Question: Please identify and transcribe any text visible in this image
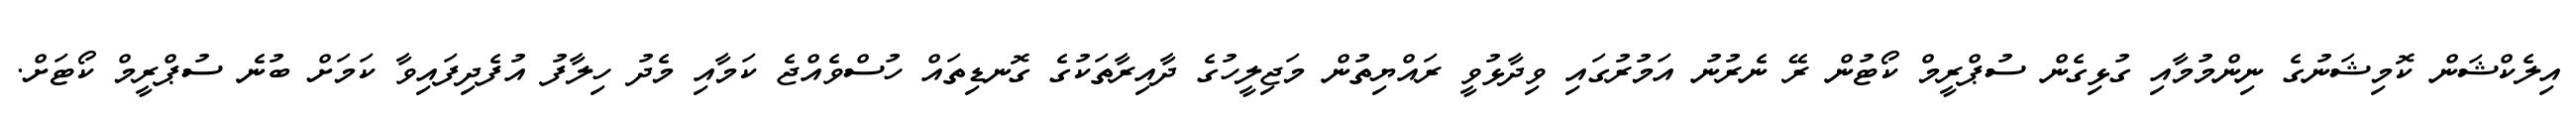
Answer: އިލެކްޝަން ކޮމިޝަނުގެ ނިންމުމާއި ގުޅިގެން ސުޕްރީމް ކޯޓުން ރޭ ނެރުނު އަމުރުގައި ވިދާޅުވީ ރައްޔިތުން މަޖިލީހުގެ ދާއިރާތަކުގެ ގޮނޑިތައް ހުސްވެއްޖެ ކަމާއި މެދު ހިލާފު އުފެދިފައިވާ ކަމަށް ބުނެ ސުޕްރީމް ކޯޓަށް.